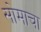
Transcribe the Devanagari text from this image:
सोमाचा